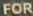
FOR